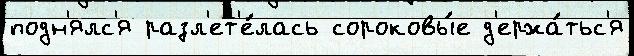
подн'ялс'я разл'ет'е́лась сороковы́е д'ержа́тьс'я